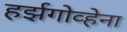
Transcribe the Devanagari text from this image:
हर्झगोव्हेना